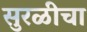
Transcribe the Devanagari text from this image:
सुरळीचा